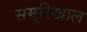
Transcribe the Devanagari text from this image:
समूरिखाल